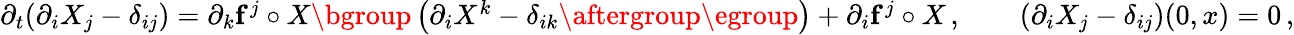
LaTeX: \begin{array}{r}{\partial_{t}(\partial_{i}X_{j}-\delta_{ij})=\partial_{k}\mathbf{f}^{j}\circ X\mathopen{}\mathclose\bgroup\left(\partial_{i}X^{k}-\delta_{ik}\aftergroup\egroup\right)+\partial_{i}\mathbf{f}^{j}\circ X\, ,\qquad(\partial_{i}X_{j}-\delta_{ij})(0,x)=0\, ,}\end{array}